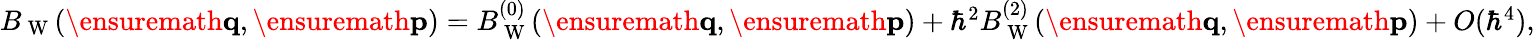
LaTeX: \begin{array}{r}{B_{\mathrm{~W~}}(\ensuremath{\mathbf{q}},\ensuremath{\mathbf{p}})=B_{\mathrm{~W~}}^{(0)}(\ensuremath{\mathbf{q}},\ensuremath{\mathbf{p}})+\hbar^{2}B_{\mathrm{~W~}}^{(2)}(\ensuremath{\mathbf{q}},\ensuremath{\mathbf{p}})+O(\hbar^{4}),}\end{array}